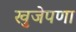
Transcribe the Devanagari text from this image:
खुजेपणा